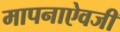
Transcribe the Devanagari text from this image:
मापनाऐवजी